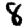
Digit: 8